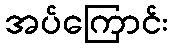
အပ်ကြောင်း